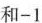
和-1